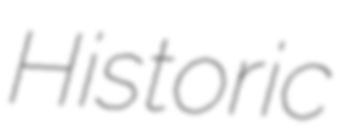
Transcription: Historic